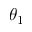
\theta _ { 1 }